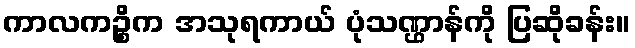
ကာလကဉ္စိက အသုရကာယ် ပုံသဏ္ဌာန်ကို ပြဆိုခန်း။